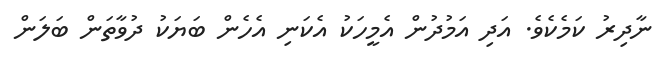
ނާދިރު ކަމެކެވެ. އަދި އަމުދުން އެމީހަކު އެކަނި އެހެން ބަޔަކު ދުވާތަން ބަލަން